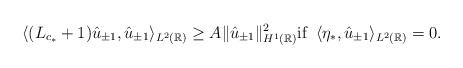
LaTeX: \begin{align*}\langle (L_{c_*} + 1) \hat{u}_{\pm 1},\hat{u}_{\pm 1} \rangle_{L^2(\mathbb{R})} \geq A \| \hat{u}_{\pm 1} \|_{H^1(\mathbb{R})}^2\mbox{\rm if} \;\; \langle \eta_*, \hat{u}_{\pm 1} \rangle_{L^2(\mathbb{R})} = 0.\end{align*}